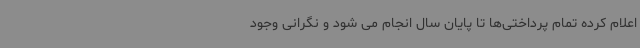
اعلام کرده تمام پرداختی‌ها تا پایان سال انجام می شود و نگرانی وجود